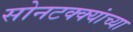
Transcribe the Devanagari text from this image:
सोनटक्क्यांच्या